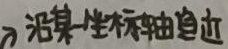
沿某一坐标轴趋近